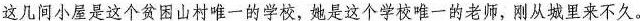
这几间小屋是这个贫困山村唯一的学校，她是这个学校唯一的老师，刚从城里来不久。